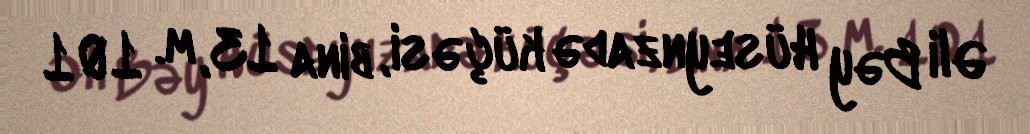
Əli Bəy Hüseynzadə küçəsi, bina 13, m. 101